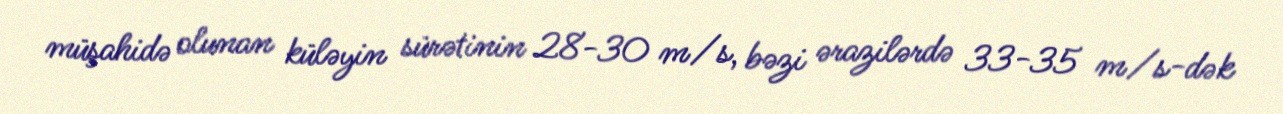
müşahidə olunan küləyin sürətinin 28-30 m/s, bəzi ərazilərdə 33-35 m/s-dək